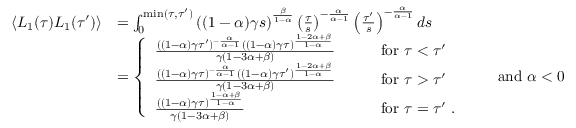
\begin{array} { r l } { \langle L _ { 1 } ( \tau ) L _ { 1 } ( \tau ^ { \prime } ) \rangle } & { = \int _ { 0 } ^ { \mathrm { m i n } ( \tau , \tau ^ { \prime } ) } \left( ( 1 - \alpha ) \gamma s \right) ^ { \frac { \beta } { 1 - \alpha } } \left( \frac { \tau } { s } \right) ^ { - \frac { \alpha } { \alpha - 1 } } \left( \frac { \tau ^ { \prime } } { s } \right) ^ { - \frac { \alpha } { \alpha - 1 } } d s } \\ & { = \left\{ \begin{array} { l l } { \frac { ( ( 1 - \alpha ) \gamma \tau ^ { \prime } ) ^ { - \frac { \alpha } { \alpha - 1 } } ( ( 1 - \alpha ) \gamma \tau ) ^ { \frac { 1 - 2 \alpha + \beta } { 1 - \alpha } } } { \gamma \left( 1 - 3 \alpha + \beta \right) } } & { \qquad \mathrm { f o r } \ \tau < \tau ^ { \prime } } \\ { \frac { ( ( 1 - \alpha ) \gamma \tau ) ^ { - \frac { \alpha } { \alpha - 1 } } ( ( 1 - \alpha ) \gamma \tau ^ { \prime } ) ^ { \frac { 1 - 2 \alpha + \beta } { 1 - \alpha } } } { \gamma \left( 1 - 3 \alpha + \beta \right) } } & { \qquad \mathrm { f o r } \ \tau > \tau ^ { \prime } } \\ { \frac { ( ( 1 - \alpha ) \gamma \tau ) ^ { \frac { 1 - \alpha + \beta } { 1 - \alpha } } } { \gamma \left( 1 - 3 \alpha + \beta \right) } } & { \qquad \mathrm { f o r } \ \tau = \tau ^ { \prime } \ . } \end{array} \right. \qquad \mathrm { a n d } \ \alpha < 0 } \end{array}